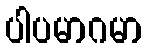
ပါပမာဂမာ